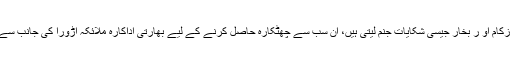
مون سون (ساون) موسم کے دوران کئی طرح کے جلدی امراض ، زکام او ر بخار جیسی شکایات جنم لیتی ہیں، ان سب سے چھٹکارہ حاصل کرنے کے لیے بھارتی اداکارہ ملائکہ اڑورا کی جانب سے ایک قہوے کی ترکیب اپنے مداحوں کے ساتھ شیئر کی گئی ہے ۔